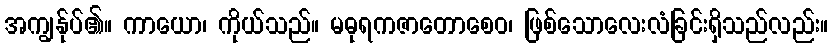
အကျွန်ုပ်၏။ ကာယော၊ ကိုယ်သည်။ မဓုရကဇာတောစေဝ၊ ဖြစ်သောလေးလံခြင်းရှိသည်လည်း။